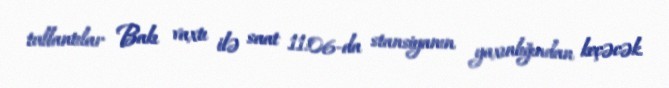
tullantılar Bakı vaxtı ilə saat 11:06-da stansiyanın yaxınlığından keçəcək.